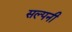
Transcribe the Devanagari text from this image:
सल्पनी